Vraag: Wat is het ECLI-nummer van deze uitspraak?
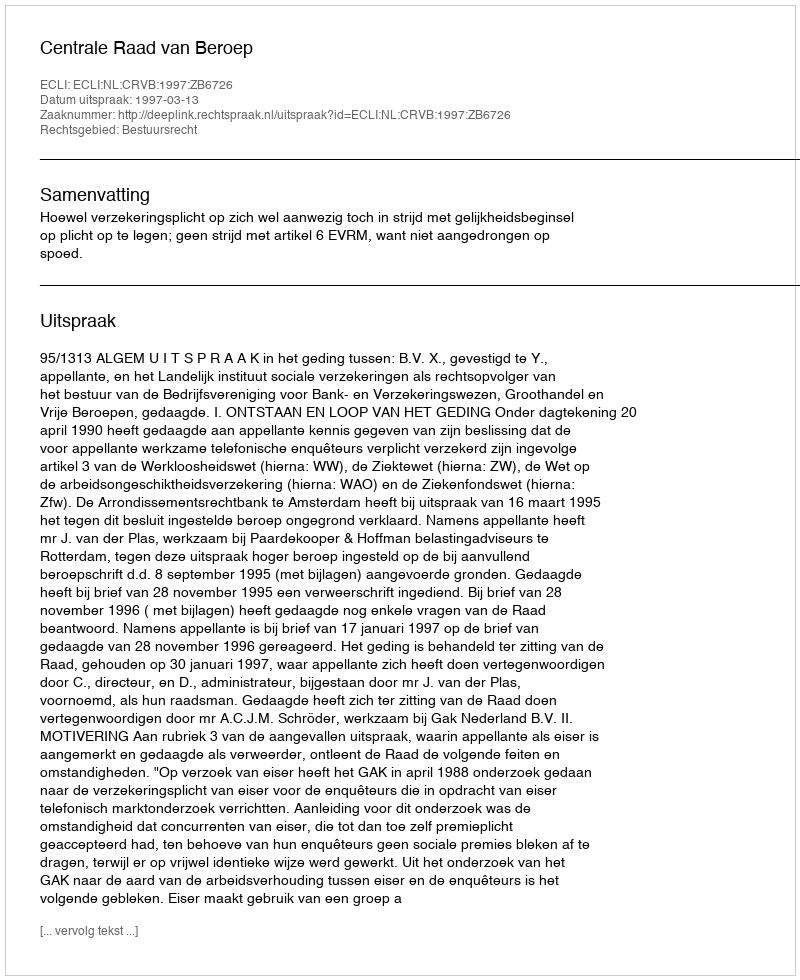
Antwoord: ECLI:NL:CRVB:1997:ZB6726